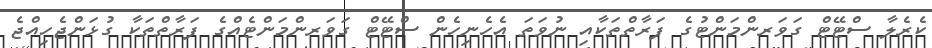
ކެރެލާ ސްޓޭޓް ގަވަރންމަންޓުގެ ފަރާތްތަކާއި ނުވަތަ އެހެނިހެން ސްޓޭޓް ގަވަރންމަންޓެއްގެ ފަރާތްތަކާ ގުޅަންޖެހިއްޖެ